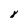
Character: 8